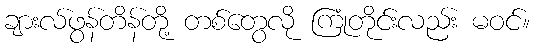
ချားလ်ဖွန်တိန်တို့ တစ်တွေလို ကြုံတိုင်းလည်း မဝင်။